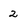
Character: 2